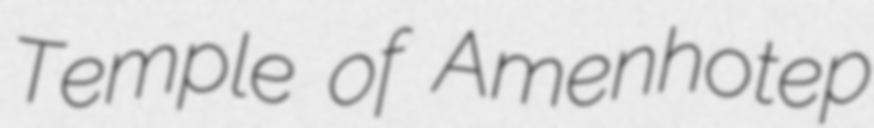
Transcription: Temple of Amenhotep